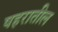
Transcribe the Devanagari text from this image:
षहरातील